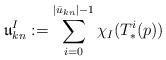
LaTeX: \begin{align*} \mathfrak{u}_{k n}^I:= \sum_{i=0}^{|\bar u_{k n}|-1} \chi_{I}(T_*^i(p)) \end{align*}